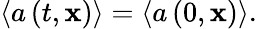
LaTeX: \left\langle a\left(t,\mathbf{x}\right)\right\rangle=\left\langle a\left(0,\mathbf{x}\right)\right\rangle.